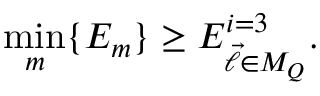
\operatorname * { m i n } _ { m } \{ E _ { m } \} \ge E _ { \vec { \ell } \in M _ { Q } } ^ { i = 3 } .